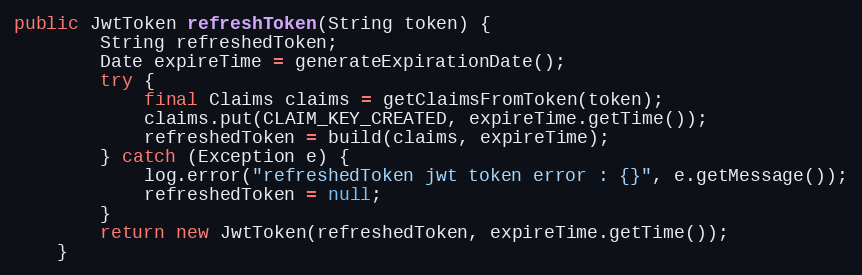
Language: Java
public JwtToken refreshToken(String token) {
        String refreshedToken;
        Date expireTime = generateExpirationDate();
        try {
            final Claims claims = getClaimsFromToken(token);
            claims.put(CLAIM_KEY_CREATED, expireTime.getTime());
            refreshedToken = build(claims, expireTime);
        } catch (Exception e) {
            log.error("refreshedToken jwt token error : {}", e.getMessage());
            refreshedToken = null;
        }
        return new JwtToken(refreshedToken, expireTime.getTime());
    }